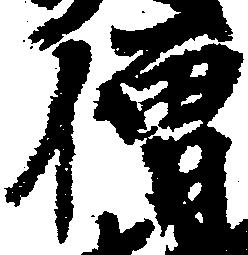
僧